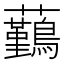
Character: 𧅻